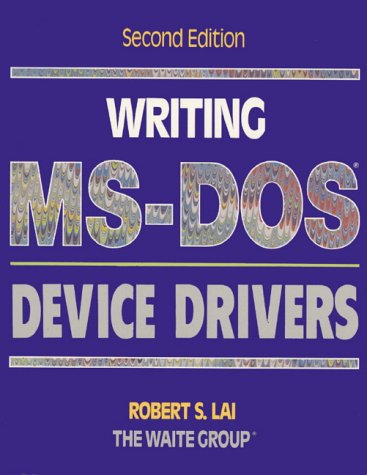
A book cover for Writing MS-Dos Device Drivers; Robert S. Lai; Computers & Technology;